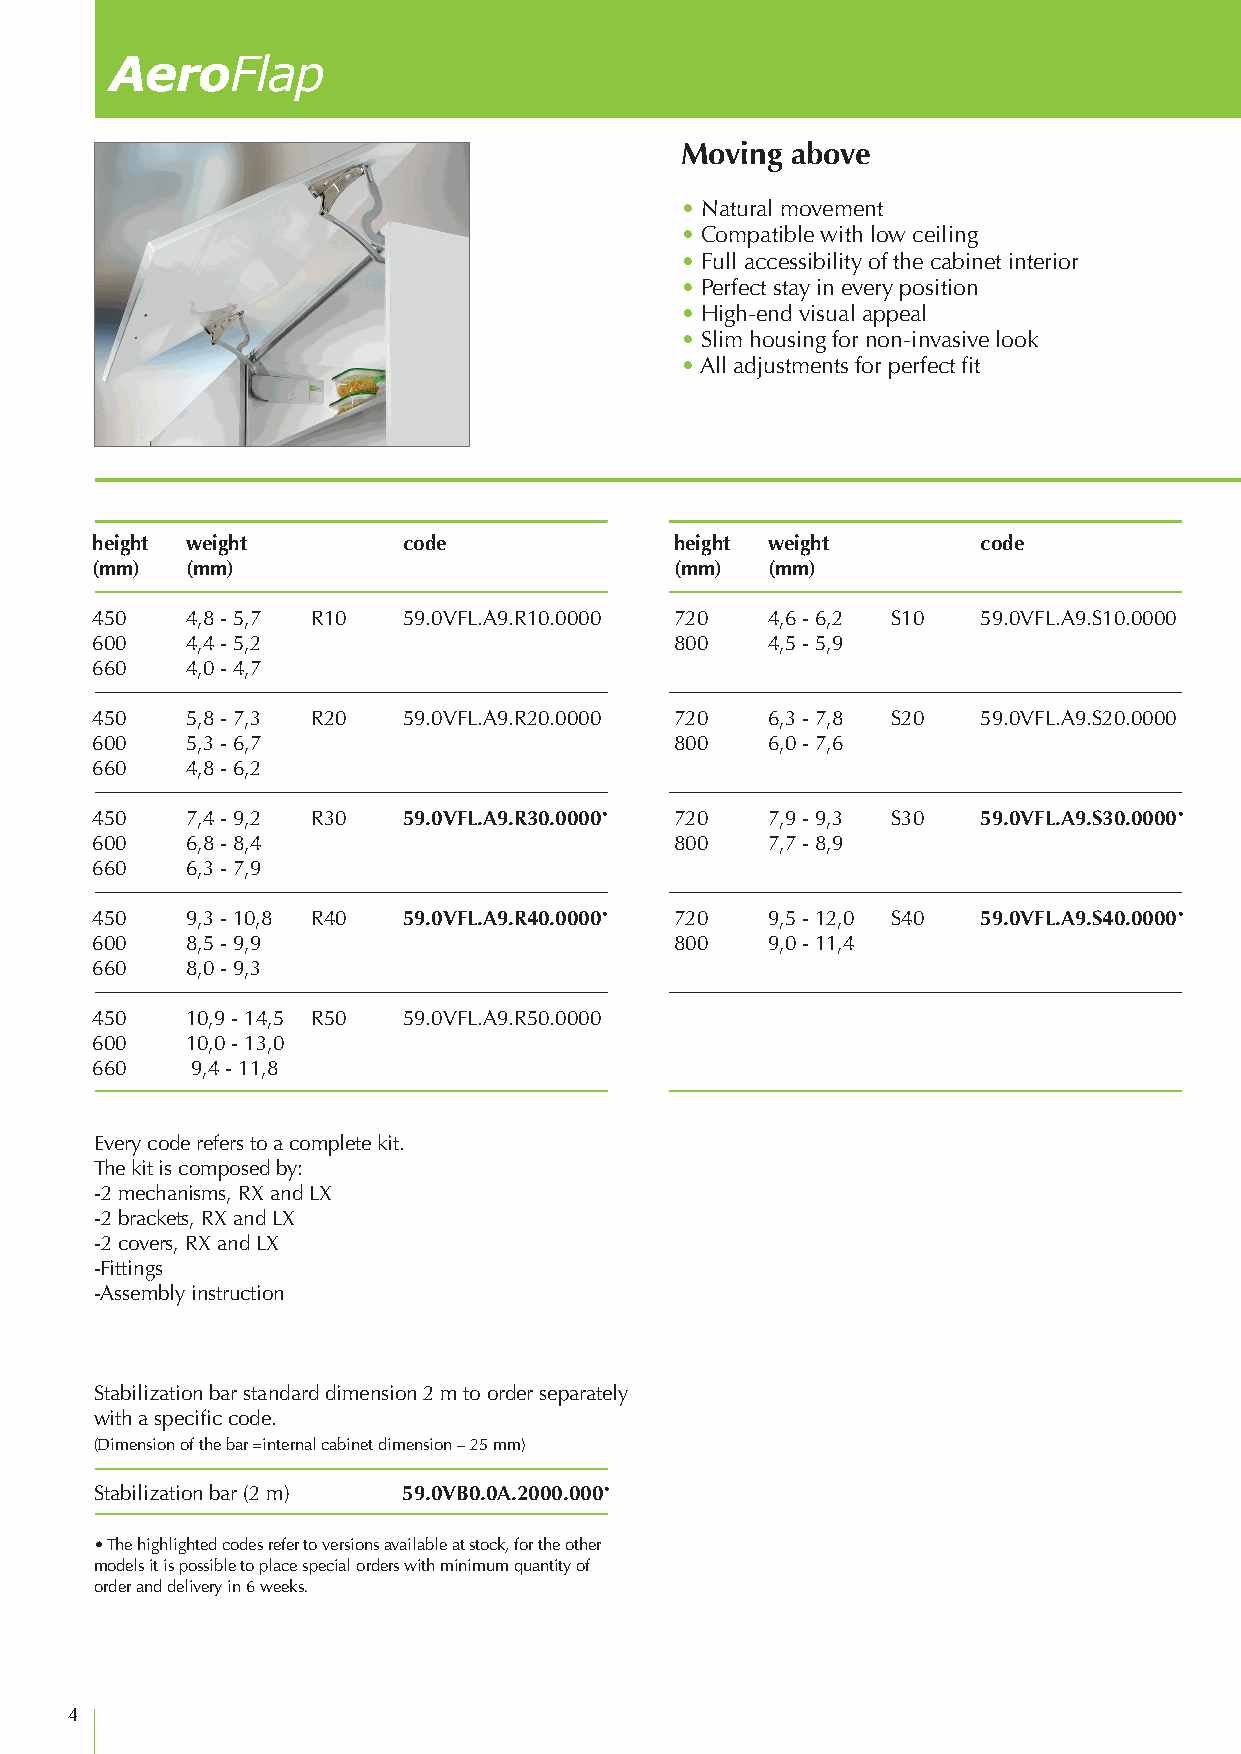
AeroFlap
 Moving above
 • Natural movement
 • Compatible with low ceiling
 • Full accessibility of the cabinet interior
 • Perfect stay in every position
 • High-end visual appeal
 • Slim housing for non-invasive look
 • All adjustments for perfect fit
 height weight        code              height weight       code
 (mm)  (mm)                             (mm)  (mm)
 450   4,8 - 5,7 R10  59.0VFL.A9.R10.0000 720 4,6 - 6,2 S10 59.0VFL.A9.S10.0000
 600   4,4 - 5,2                        800   4,5 - 5,9
 660   4,0 - 4,7
 450   5,8 - 7,3 R20  59.0VFL.A9.R20.0000 720 6,3 - 7,8 S20 59.0VFL.A9.S20.0000
 600   5,3 - 6,7                        800   6,0 - 7,6
 660   4,8 - 6,2
 450   7,4 - 9,2 R30  59.0VFL.A9.R30.0000• 720 7,9 - 9,3 S30 59.0VFL.A9.S30.0000•
 600   6,8 - 8,4                        800   7,7 - 8,9
 660   6,3 - 7,9
 450   9,3 - 10,8 R40 59.0VFL.A9.R40.0000• 720 9,5 - 12,0 S40 59.0VFL.A9.S40.0000•
 600   8,5 - 9,9                        800   9,0 - 11,4
 660   8,0 - 9,3
 450   10,9 - 14,5 R50 59.0VFL.A9.R50.0000
 600   10,0 - 13,0
 660    9,4 - 11,8
 Every code refers to a complete kit.
 The kit is composed by:
 -2 mechanisms, RX and LX
 -2 brackets, RX and LX
 -2 covers, RX and LX
 -Fittings
 -Assembly instruction
 Stabilization bar standard dimension 2 m to order separately
 with a specific code.
 (Dimension of the bar =internal cabinet dimension – 25 mm)
 Stabilization bar (2 m) 59.0VB0.0A.2000.000•
 • The highlighted codes refer to versions available at stock, for the other
 models it is possible to place special orders with minimum quantity of
 order and delivery in 6 weeks.
 4